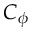
C _ { \phi }